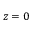
z = 0